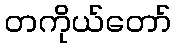
တကိုယ်တော်